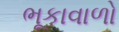
ભૂકાવાળો